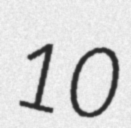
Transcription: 10